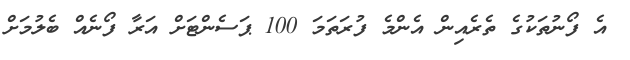
އެ ފޯނުތަކުގެ ތެރެއިން އެންމެ ފުރަތަމަ 100 ޕަސެންޓަށް އަރާ ފޯނެއް ބެލުމަށް